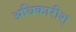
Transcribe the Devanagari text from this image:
अधिकारीश्